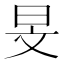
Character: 旻